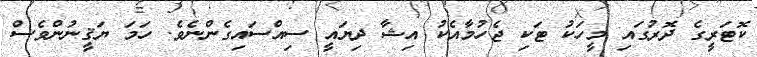
ކޮޓަރީގެ ދޮރުގައި މީހަކު ޓަކި ޖެހުމާއެކު އިޝާ ދިޔައީ ސިއްސައިގެންނެވެ. ހަމަ ޔަޤީނުންވެސް